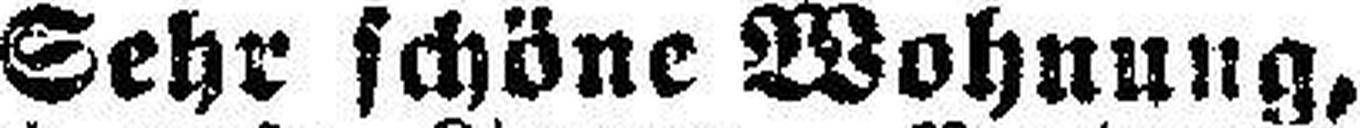
Sehr schöne Wohnung,